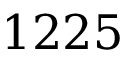
1 2 2 5